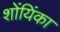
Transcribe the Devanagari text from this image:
शोंयिंका